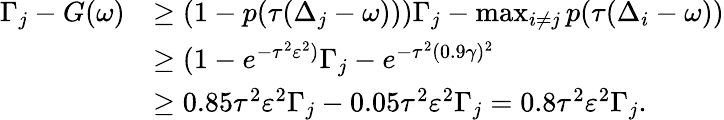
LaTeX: \begin{array}{rl}{\Gamma_{j}-G(\omega)}&{\geq(1-p(\tau(\Delta_{j}-\omega)))\Gamma_{j}-\operatorname*{max}_{i\neq j}p(\tau(\Delta_{i}-\omega))}\\ &{\geq(1-e^{-\tau^{2}\varepsilon^{2})}\Gamma_{j}-e^{-\tau^{2}(0.9\gamma)^{2}}}\\ &{\geq 0.85\tau^{2}\varepsilon^{2}\Gamma_{j}-0.05\tau^{2}\varepsilon^{2}\Gamma_{j}=0.8\tau^{2}\varepsilon^{2}\Gamma_{j}.}\end{array}